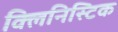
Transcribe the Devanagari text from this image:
क्लिनिस्टिक